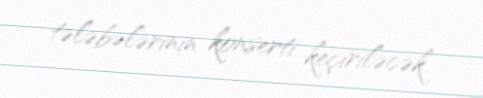
tələbələrinin konserti keçiriləcək.